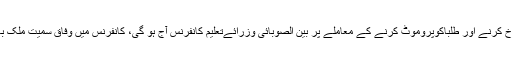
دوسری جانب کوروناکی وجہ سے بورڈز امتحانات منسوخ کرنے اور طلباکوپروموٹ کرنے کے معاملے پر بین الصوبائی وزرائےتعلیم کانفرنس آج ہو گی، کانفرنس میں وفاق سمیت ملک بھرکےتعلیمی بورڈز کی سفارشات پر بحث کی جائے گی۔